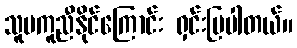
သူမကူညီနိုင်ကြောင်း ရှင်းပြပါတယ်။